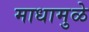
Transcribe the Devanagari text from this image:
माधामुळे